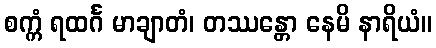
စက္ကံ ရထင်္ဂ မာချာတံ၊ တဿန္တော နေမိ နာရိယံ။